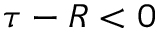
\tau - R < 0